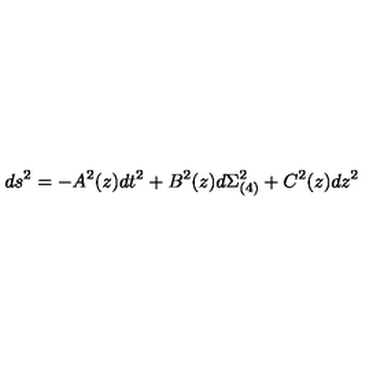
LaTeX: d s ^ { 2 } = - A ^ { 2 } ( z ) d t ^ { 2 } + B ^ { 2 } ( z ) d \Sigma _ { ( 4 ) } ^ { 2 } + C ^ { 2 } ( z ) d z ^ { 2 }